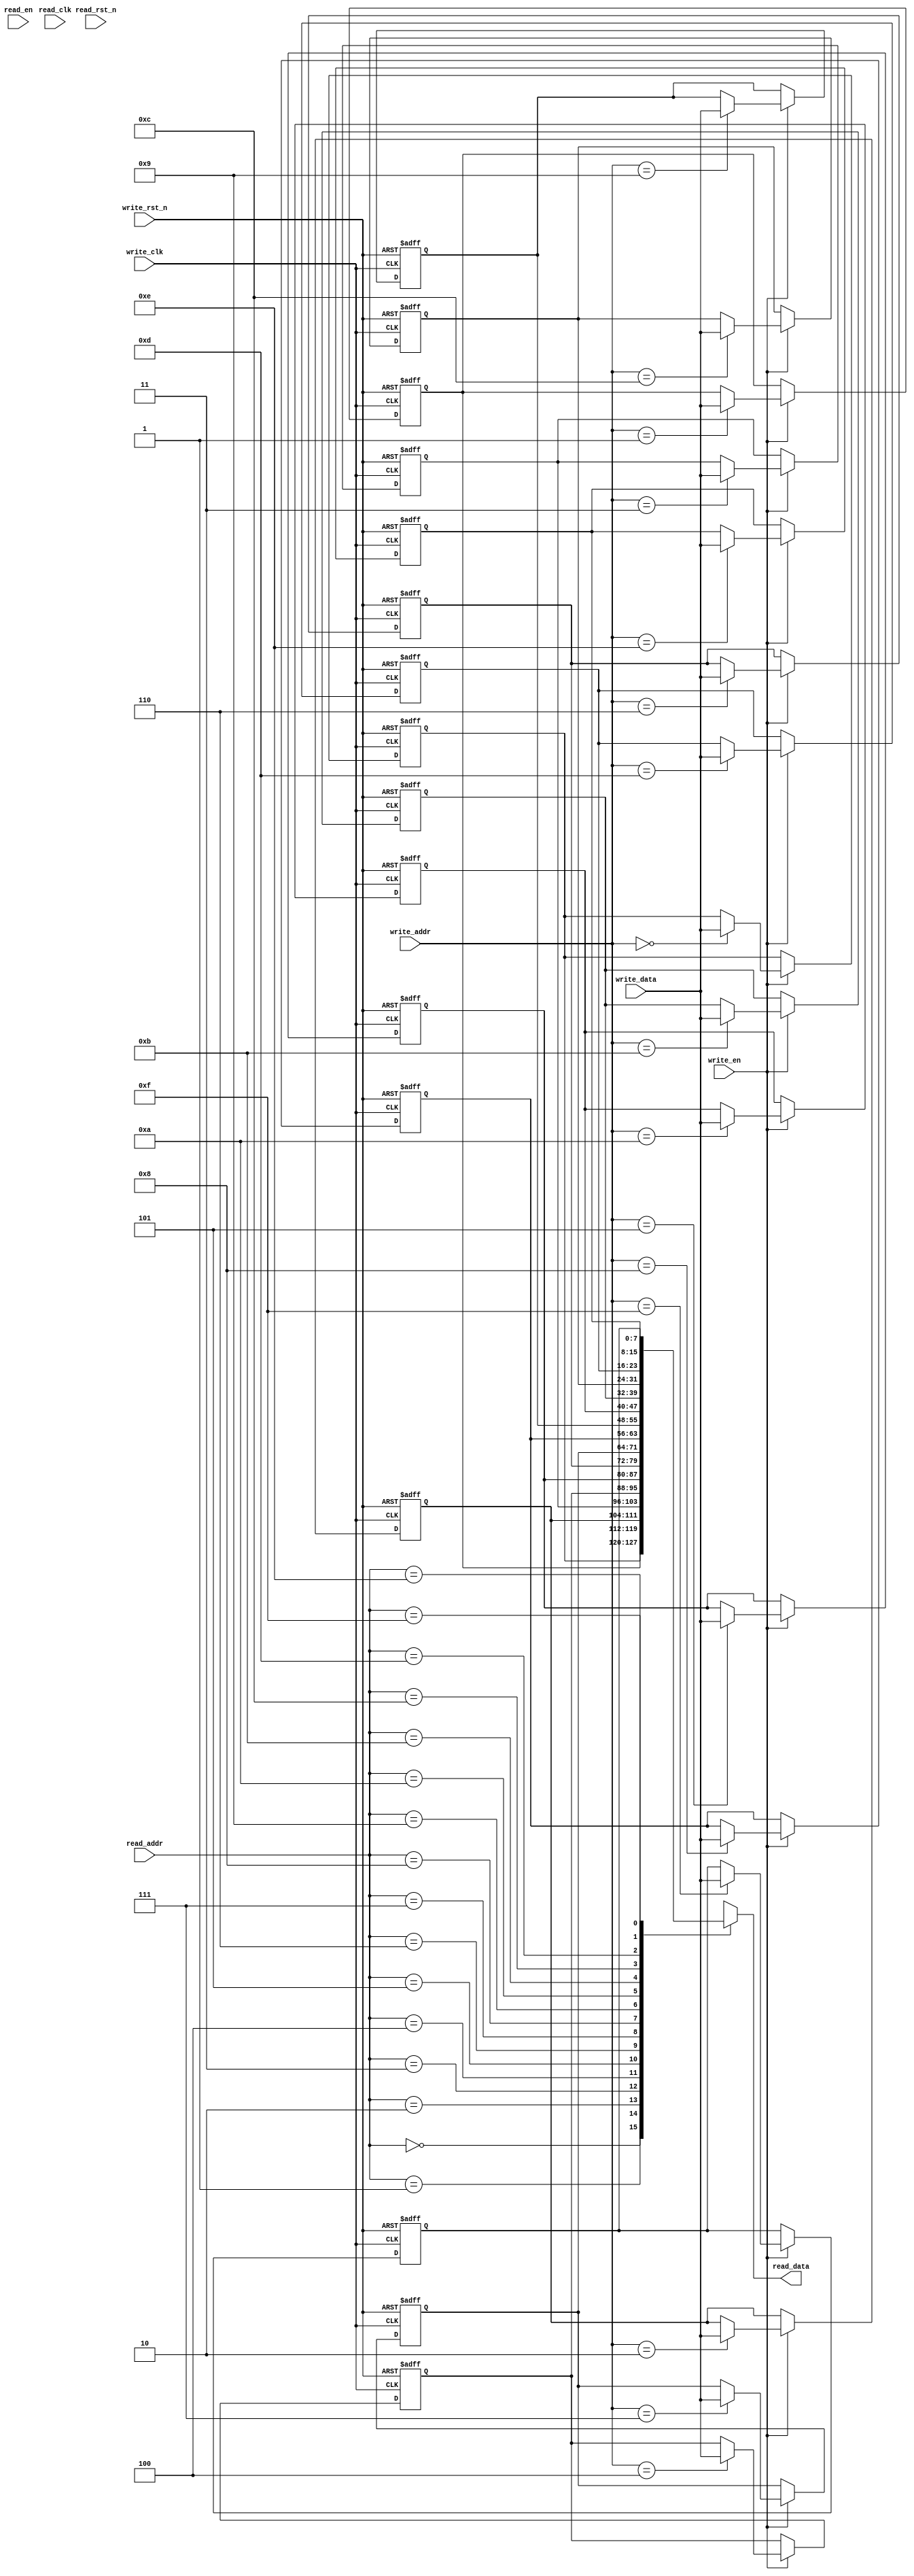
`timescale 1ns / 1ps
//--------------------------------------------------------------------------------
// Design Name: Asynchronized fifo design
// Module Name: dualport_ram_async.v
// Description: 
// 
// Dependencies: 
// 
// Revision: 
//          Revision 0.01 - File Created
// Additional Comments:
// 
//--------------------------------------------------------------------------------

module dualport_ram_async #(
        //--------parameter define----------------//
		parameter	DATA_WIDTH = 8,
		parameter	ADDR_WIDTH = 4  //ram depth is equal to 2^(ADDR_WIDTH)
		)(
        //----------ports define------------------//
		input                       write_clk,
		input                       write_rst_n,
		input                       write_en,
		input  [ADDR_WIDTH-1:0]     write_addr,
		input  [DATA_WIDTH-1:0]     write_data,
		input                       read_clk,
		input                       read_rst_n,
		input                       read_en,
		input  [ADDR_WIDTH-1:0]     read_addr,
		output [DATA_WIDTH-1:0]     read_data
    );

    //----------localparam define-----------------//
    //left shift 1 with 4(ADDR_WIDTH) bits = 2^(ADDR_WIDTH)
    localparam RAM_DEPTH = 1 << ADDR_WIDTH; 

    //----------ram define------------------------//
    reg [DATA_WIDTH - 1 : 0] mem [RAM_DEPTH - 1 : 0];

    //----------loop variable define--------------//
    integer II;

    //------sequential logic for data write-------//
    always @(posedge write_clk or negedge write_rst_n) begin
        if (!write_rst_n) begin
            for (II = 0; II < RAM_DEPTH; II = II + 1) begin
                mem[II] <= {DATA_WIDTH{1'b0}};
            end
        end
        else if(write_en)
            mem[write_addr] <= write_data;
    end
    //------combinaional logic for data write-----//
    assign read_data = mem[read_addr];

endmodule